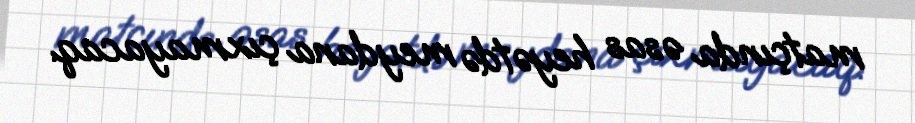
matçında əsas heyətdə meydana çıxmayacaq.